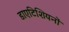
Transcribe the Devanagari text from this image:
डाएटिशियनों